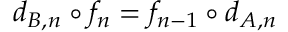
d _ { B , n } \circ f _ { n } = f _ { n - 1 } \circ d _ { A , n }